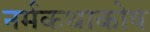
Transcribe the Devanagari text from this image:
नर्मकथाकोष